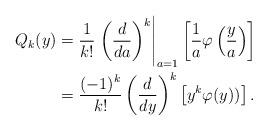
LaTeX: \begin{align*} Q_k(y) = {}& \frac{1}{k!} \left. \left(\frac{d}{da}\right)^k \right|_{a=1} \left[\frac{1}{a} \varphi\left( \frac{y}{a}\right) \right] \\ = {}& \frac{(-1)^k}{k!} \left(\frac{d}{dy} \right)^k \left[ y^k \varphi(y)) \right]. \end{align*}